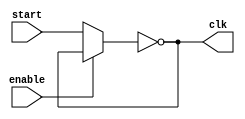
`timescale  1ns/1ns
module RingOscillator1 #(parameter n = 5 , delay = 10)(input start, enable, output clk);
	wire w[0:n];
	assign w[0] = enable ? w[n] : start;
	assign clk = w[n];
	genvar i;
	generate 
		for (i = 0; i < n; i = i+ 1) begin : inv
			not #delay invg(w[i+1], w[i]);
		end
	endgenerate
endmodule